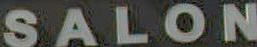
SALON